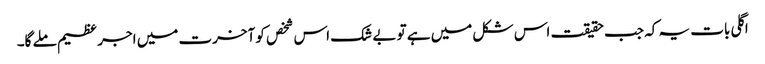
اگلی بات یہ کہ جب حقیقت اس شکل میں ہے تو بے شک اس شخص کو آخرت میں اجر عظیم ملے گا۔